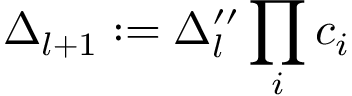
\Delta _ { l + 1 } : = \Delta _ { l } ^ { \prime \prime } \prod _ { i } c _ { i }